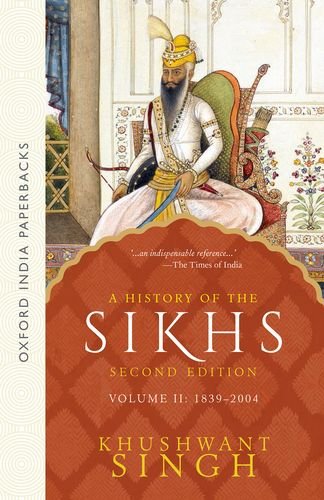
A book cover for A History of the Sikhs: Volume 2: 1839-2004 (Oxford India Collection); Khushwant Singh; Religion & Spirituality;